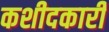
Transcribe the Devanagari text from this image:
कशीदकारी